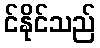
င်နိုင်သည်